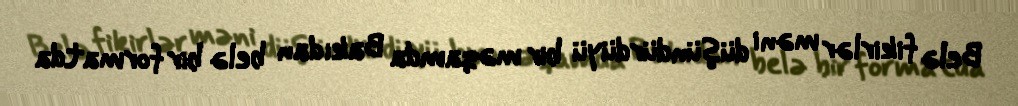
Belə fikirlər məni düşündürdüyü bir məqamda Bakıdan belə bir formatda